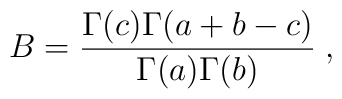
B=\frac{\Gamma (c)\Gamma (a+b-c)}{\Gamma (a)\Gamma (b)}\;,